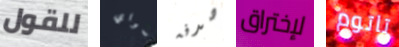
للقول سواي صدفه لإختراق تاتوم